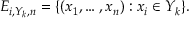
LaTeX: E _ { i , Y _ { k } , n } = \{ ( x _ { 1 } , \ldots , x _ { n } ) : x _ { i } \in Y _ { k } \} .